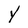
Character: Y